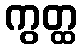
ကွတ္ထ